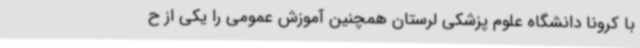
با کرونا دانشگاه علوم پزشکی لرستان همچنین آموزش عمومی را یکی از ح